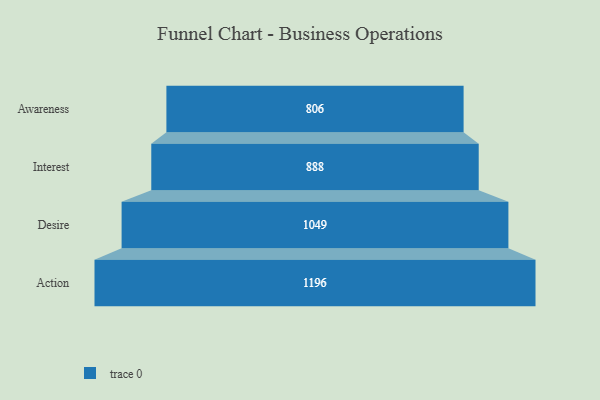
{"axis": {"x": "Stage", "y": "Value"}, "legend": [""], "data": [{"x": "Awareness", "y": 806.0, "type": ""}, {"x": "Interest", "y": 888.0, "type": ""}, {"x": "Desire", "y": 1049.0, "type": ""}, {"x": "Action", "y": 1196.0, "type": ""}]}